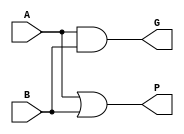
module gp(G, P, A, B);
    input A, B;
    output G, P;
    
    and generate_carry(G, A, B);
    or propagate_carry(P, A, B);
endmodule